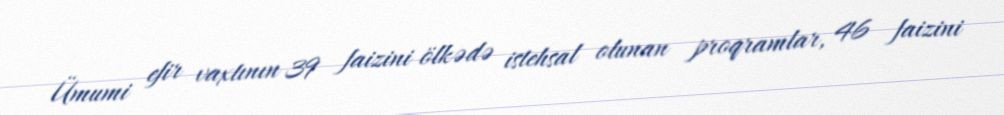
Ümumi efir vaxtının 39 faizini ölkədə istehsal olunan proqramlar, 46 faizini